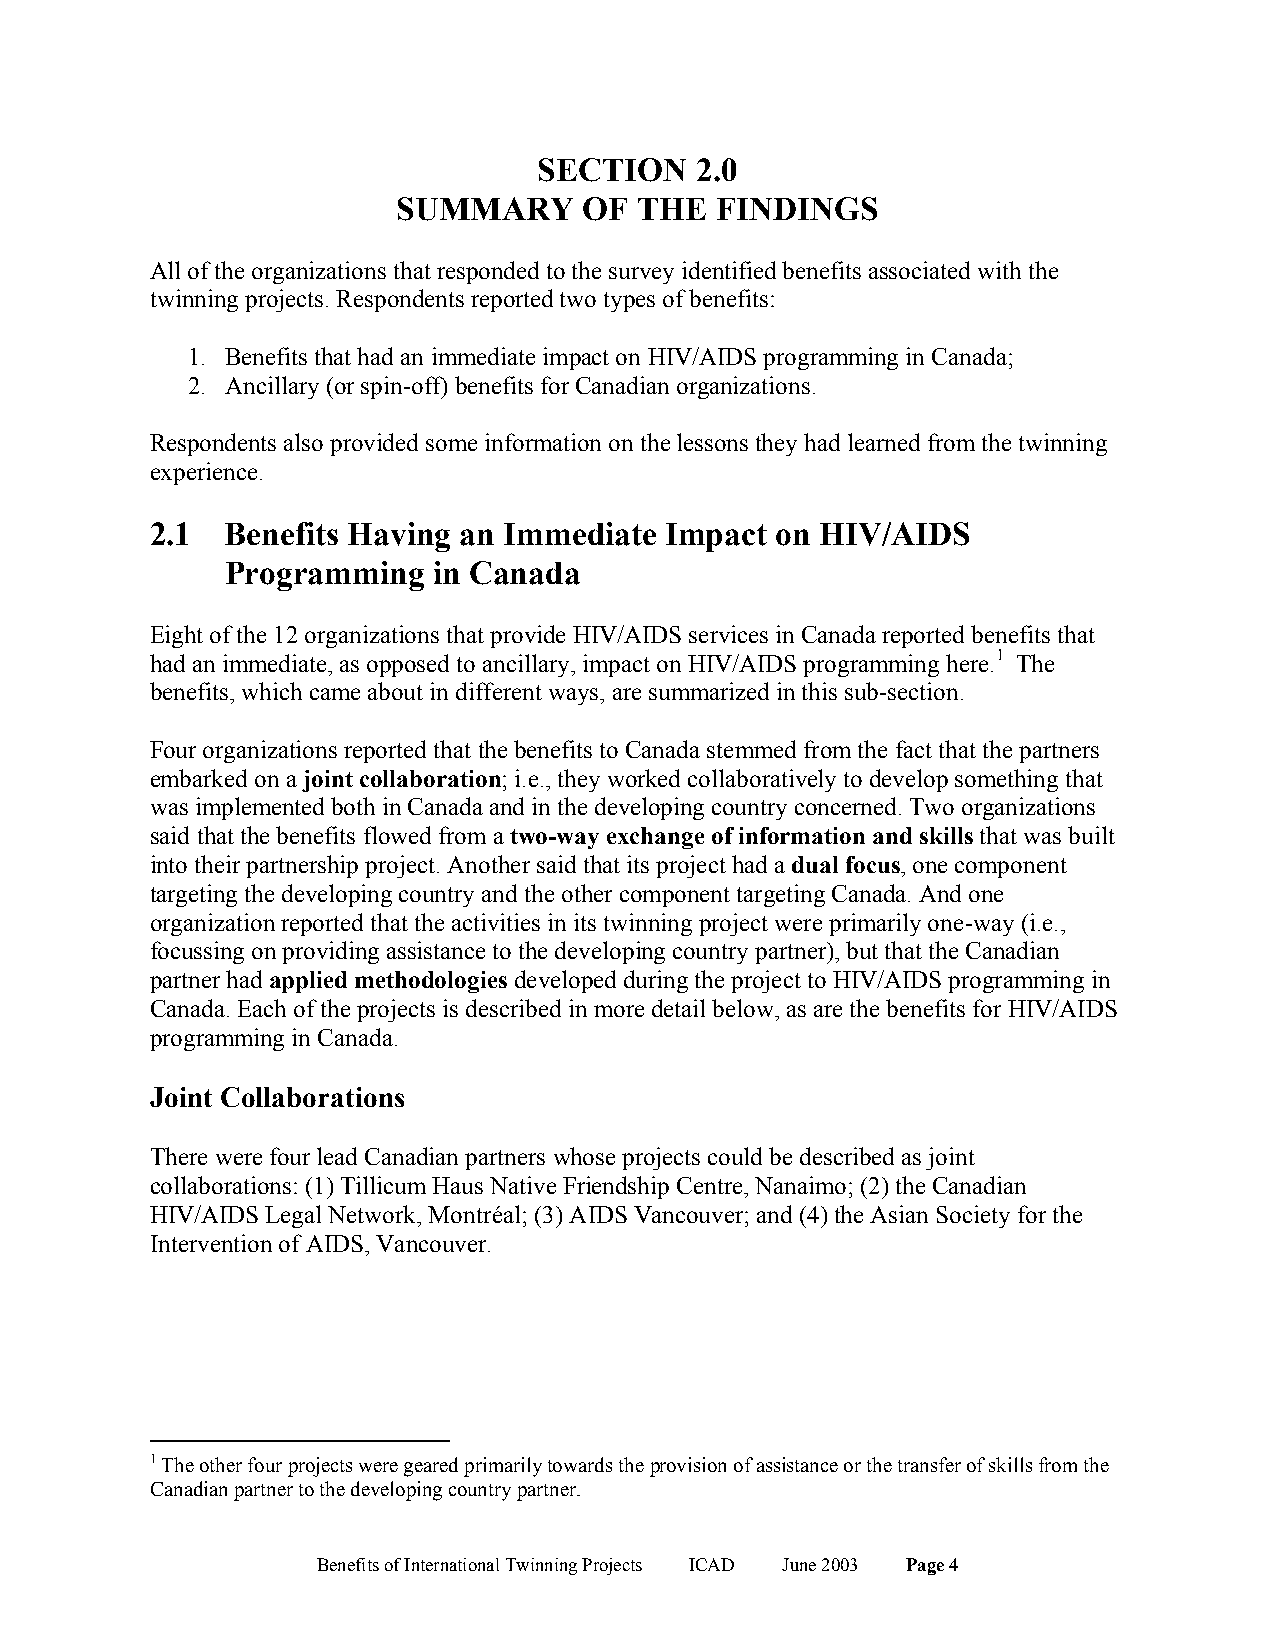
SECTION   2.0
 SUMMARY      OF THE  FINDINGS
 All of the organizations that responded to the survey identified benefits associated with the
 twinning projects. Respondents reported two types of benefits:
 1. Benefits that had an immediate impact on HIV/AIDS programming in Canada;
 2. Ancillary (or spin-off) benefits for Canadian organizations.
 Respondents also provided some information on the lessons they had learned from the twinning
 experience.
 2.1  Benefits Having an Immediate Impact on HIV/AIDS
 Programming   in Canada
 Eight of the 12 organizations that provide HIV/AIDS services in Canada reported benefits that
 had an immediate, as opposed to ancillary, impact on HIV/AIDS programming here.1 The
 benefits, which came about in different ways, are summarized in this sub-section.
 Four organizations reported that the benefits to Canada stemmed from the fact that the partners
 embarked on a joint collaboration; i.e., they worked collaboratively to develop something that
 was implemented both in Canada and in the developing country concerned. Two organizations
 said that the benefits flowed from a two-way exchange of information and skills that was built
 into their partnership project. Another said that its project had a dual focus, one component
 targeting the developing country and the other component targeting Canada. And one
 organization reported that the activities in its twinning project were primarily one-way (i.e.,
 focussing on providing assistance to the developing country partner), but that the Canadian
 partner had applied methodologies developed during the project to HIV/AIDS programming in
 Canada. Each of the projects is described in more detail below, as are the benefits for HIV/AIDS
 programming in Canada.
 Joint Collaborations
 There were four lead Canadian partners whose projects could be described as joint
 collaborations: (1) Tillicum Haus Native Friendship Centre, Nanaimo; (2) the Canadian
 HIV/AIDS Legal Network, Montréal; (3) AIDS Vancouver; and (4) the Asian Society for the
 Intervention of AIDS, Vancouver.
 1 The other four projects were geared primarily towards the provision of assistance or the transfer of skills from the
 Canadian partner to the developing country partner.
 Benefits of International Twinning Projects ICAD June 2003 Page 4